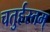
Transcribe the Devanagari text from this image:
चतुर्हस्तम्